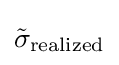
{\tilde {\sigma }}_{\text{realized}}